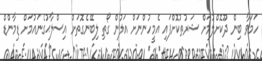
ހަމަވާ ބިން ދޫކޮށްލުމަށް ޝަރުތުކޮށްފައި އެމީހުންނަށް އަލުން ގޯތި ލިބޭނެގޮތަށް އިސްލާޙުގެނައުމަށް ޑިމާންޑް